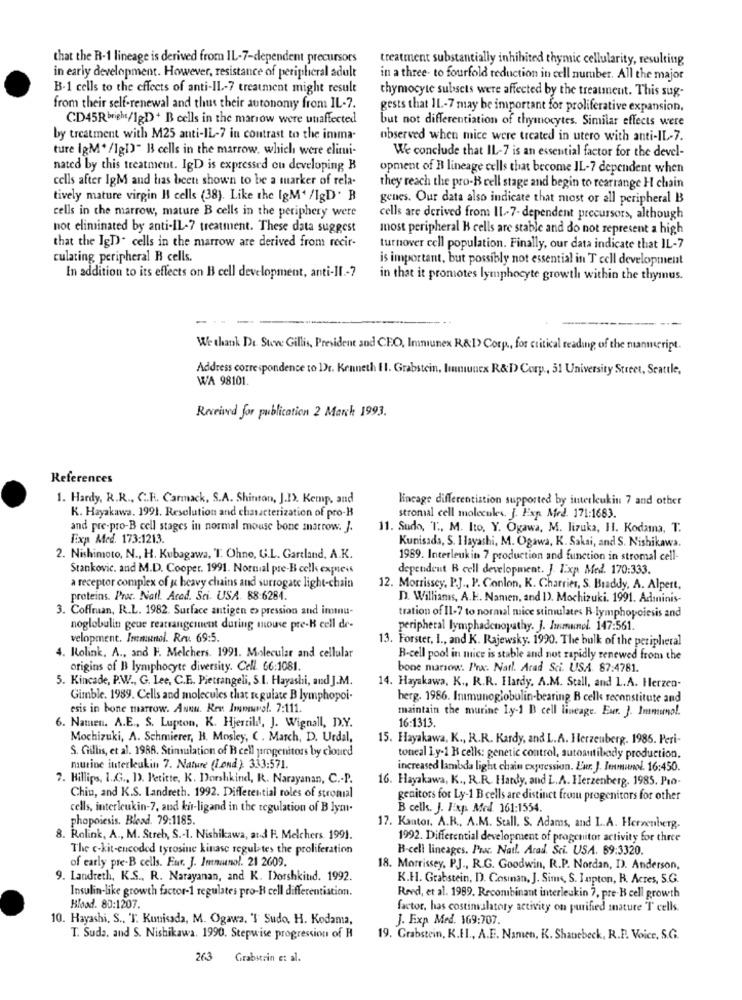
that the R-1 lineage is derived from IL-7-dependent precursors
treatment substantially inhibited thymic cellularity, resulting
in early development. However, resistance of peripheral adult
in a three- to fourfold reduction in cell number. All the major
B-1 cells to the effects of anti-IL-7 treatment might result
thymocyte subsets were affected by the treatment. This sug-
from their self-renewal and thus their autonomy from IL-7.
gests that IL-7 may be important for proliferative expansion,
CD45R bright/IgD)+ B cells in the marrow were unaffected
but not differentiation of thymocytes. Similar effects were
by treatment with M25 anti-IL-7 in contrast to the imma-
observed when mice were treated in utero with anti-IL-7.
ture IgM* /IgI)" B cells in the marrow, which were elimi-
We conclude that IL-7 is an essential factor for the devel-
nated by this treatment. IgD is expressed ou developing B
opment of B lineage cells that become IL-7 dependent when
cells after IgM and has been shown to be a marker of rela-
they reach the pro-B cell stage and begin to rearrange H chain
tively mature virgin Il cells (38). Like the IgM' /IgD. B
genes. Our data also indicate that most or all peripheral B
cells in the marrow, mature B cells in the periphery were
cells are derived from IL-7-dependent precursors, although
not eliminated by anti-IL-7 treatment. These data suggest
most peripheral B cells are stable and do not represent a high
that the IgD. cells in the marrow are derived from recir-
turnover cell population. Finally, our data indicate that IL-7
culating peripheral R cells.
is important, but possibly not essential in T cell development
In addition to its effects on B cell development, anti-II .- 7
in that it promotes lymphocyte growth within the thymus.
We thank Dt. Stowe Gillis, President and CEO, Immunex R&I> Corp ., for critical reading of the manmecript.
Address correspondence to Dr. Kenneth 11. Grabstein, Immunex R&D Corp ., 51 University Street, Seattle,
WA 98101.
Received for publication 2 March 1993.
References
1. Hardy, R.R ., C.H. Carmack, S.A. Shinton, J.I). Kemp, and
lineage differentiation supported by interleukin 7 and other
K. Hayakawa. 1991. Resolution and characterization of pro-B
stromal cell molecules. J. Fxp. Med. 171:1683.
and pre-pro-B cell stages in normal mouse bone marrow. J.
11. Sudo, T ., M. Ito, Y. Ogawa, M. lizuka, H. Kodama, T.
Exp Med. 173:1213.
Kunisada, S. Hayashi, M. Ogawa, K. Sakai, and S. Nishikawa.
2. Nishimoto, N ., H. Kubagawa, T. Ohne, G.L. Gartland, A.K.
1969. Interleukin 7 production and function in stromal cell-
Stankovic. and M.D. Cooper. 1991. Normal pre-B cell expeis
dependent B cell development. J. I:xp Med. 170:333.
a receptor complex of u heavy chains and surrogate light-chain
12. Morrissey, P.J ., P. Conlon, K. Charrier, S. Braddy. A. Alpert,
proteins. Proc. Natl. Acad. Sti. USA. 88:6284.
D. Williams, A.K. Namen, and 1). Mochizuki. 1991. Adminis-
3. Coffman, R.L. 1982. Surface antigen e> pression and immu-
tration of II-7 to normal mice stimulates R lymphopoiesis and
noglobulin geue rearrangement during mouse pre-B cell de-
peripheral lymphadenopathy. J. Immunel. 147:561.
velopment. Inmunol. Rev. 69:5.
13. Forster, I ., and K. Rajewsky. 1990. The bulk of the peripheral
4. Kolink. A ., and F. Melchers. 1991. Molecular and cellular
B-cell pool in mice is stable and not rapidly renewed from the
origins of B lymphocyte diversity. Cell. 66:1081.
bone marrow. Prx. Natl. Arad Sci. USA. 87:4781.
5. Kincade, P.W ., G. Lee, C.E. Pietrangeli, S.I. Hayashi, and J.M.
14. Hayakawa, K ., R.R. Hardy, A.M. Stall, and L.A. Herzen-
Gimble. 1989. Cells and molecules that regulate B lymphopoi-
berg. 1986. Inımunoglobulin-bearing B cell reconstitute and
esis in bone marrow. Annu. Rev Iwwwwvol. 7:111.
maintain the murine Ly-1 B cell lineage. Eur. J. Immunol.
6. Namen. A.E ., S. Lupton, K. Hjerrild, J. Wignall, D.Y.
16:1313.
Mochizuki, A. Schmierer, H. Mosley, ( . March, D. Urdal,
15. Hayakawa, K ., R.R. Kardy, and L.A. Herzeuberg. 1986. Peri-
S. Gillis, et al. 1988. Stimulation of B cell progenitors by clourd
toneal Ly-1 B cells: genetic control, autoantibody production,
mutine interleukin 7. Nature (Lond) 333:571.
increased lambda light chain expression. Eur. J. Immunol. 16:450.
7. Hillips, I.G ., D). Petitte, K. Dorshkind, R. Narayanan, C .- P.
16. Hayakawa, K ., R.R. Hardy, and L. A. Herzenberg, 1985. Pro-
Chin, and K.S. Landreth. 1992. Differential roles of stromial
genitors for Ly-1 B cells are distinct from progenitors for other
cells, interleukin-7, and kir-ligand in the regulation of B lym.
B cells. J. Fxp Med. 161:1554.
phopoiesis. Blead. 79:1185.
17. Kantor. A.R ., A.M. Stall. S. Adams, and L.A. Herwenberg.
8. Rolink, A ., M. Streb, S .- 1. Nishikawa, at-d F. Melchers. 199).
1992. Differential development of progenitor activity for three
The c-kit-encoded tyrosine kinase regulates the proliferation
B-cell lineages. Proc. Natl. Arad. Sci. USA. 69:3320.
of early pre-B cells. Eur. J. Immunol. 21 2609.
18. Morrissey, PJ ., R.G. Goodwin, R.P. Nordan, D. Anderson,
9. Landreth, K.S ., R. Narayanan, and K. Dorshkind. 1992.
K.H. Grabstein, D. Cosinan, J. Sims, S. Iupton, R. Acres, S.G.
Insulin-like growth factor-1 regulates pro-H cell differentiation.
Rend, et al. 1989. Recombinant interleukin 7, pre-H cell growth
Blood. 80:1207.
factor, has costinvalatory activity on purified inature T cells.
10. Hayashi, S ., 'I. Kunisada, M. Ogawa. 'I Sudo. H. Kodama,
J. Exp Med. 169:707.
T. Suda, and S. Nishikawa. 1990. Stepwise progression of H
19. Grabstein, K.FI ., A.E. Namwen, K. Shanebeck, R.F. Voice, S.G.
263 Grabstein et al.